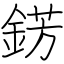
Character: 錺